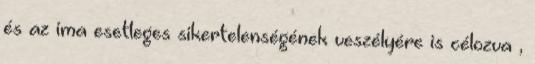
és az ima esetleges sikertelenségének veszélyére is célozva ,